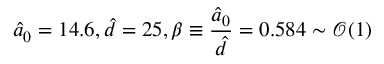
\hat { a } _ { 0 } = 1 4 . 6 , \hat { d } = 2 5 , \beta \equiv \frac { \hat { a } _ { 0 } } { \hat { d } } = 0 . 5 8 4 \sim \mathcal { O } ( 1 )